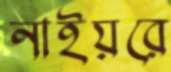
নাইয়রে